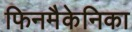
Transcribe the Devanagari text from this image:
फिनमैकेनिका